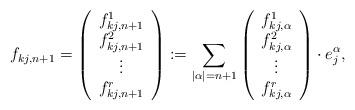
LaTeX: \begin{align*}f_{kj, n+1}=\left( \begin{array}{c} f_{kj, n+1}^1 \\ f_{kj, n+1}^2 \\\vdots \\f_{kj, n+1}^r \end{array} \right):=\sum_{|\alpha|=n+1}\left( \begin{array}{c} f_{kj, \alpha}^1 \\ f_{kj, \alpha}^2 \\\vdots \\f_{kj, \alpha}^r \end{array} \right)\cdot e_j^\alpha, \end{align*}